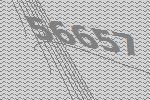
56657